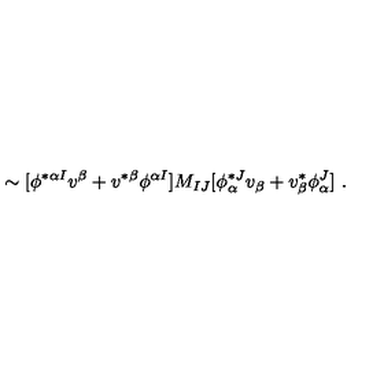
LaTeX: \sim [ \phi ^ { * \alpha I } v ^ { \beta } + v ^ { * \beta } \phi ^ { \alpha I } ] M _ { I J } [ \phi _ { \alpha } ^ { * J } v _ { \beta } + v _ { \beta } ^ { * } \phi _ { \alpha } ^ { J } ] \ .